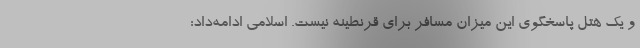
و یک هتل پاسخگوی این میزان مسافر برای قرنطینه نیست. اسلامی ادامه‌داد: